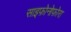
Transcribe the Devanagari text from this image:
साइफ़ोनोफ़ोरा